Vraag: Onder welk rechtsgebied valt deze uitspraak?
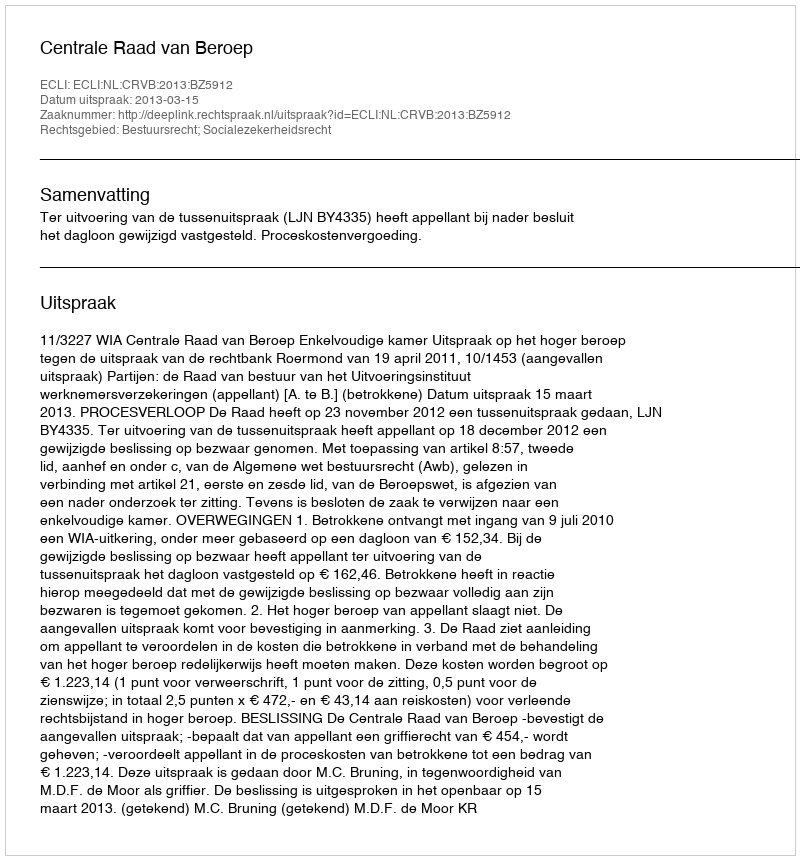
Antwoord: Bestuursrecht; Socialezekerheidsrecht